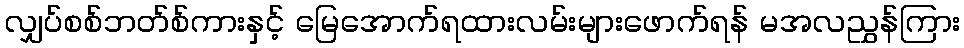
လျှပ်စစ်ဘတ်စ်ကားနှင့် မြေအောက်ရထားလမ်းများဖောက်ရန် မအလညွှန်ကြား